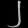
Digit: ၂